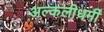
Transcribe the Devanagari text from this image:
अल्कलीधर्मी